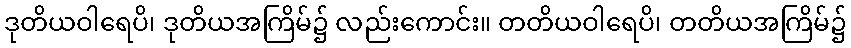
ဒုတိယဝါရေပိ၊ ဒုတိယအကြိမ်၌ လည်းကောင်း။ တတိယဝါရေပိ၊ တတိယအကြိမ်၌